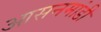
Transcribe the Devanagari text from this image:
आसनमांडी